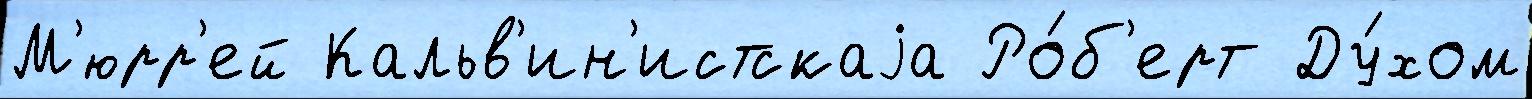
М'юрр'ей Кальв'ин'истскаjа Ро́б'ерт Ду́хом